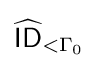
{\widehat {\mathsf {ID}}}_{<\Gamma _{0}}